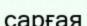
сарғая